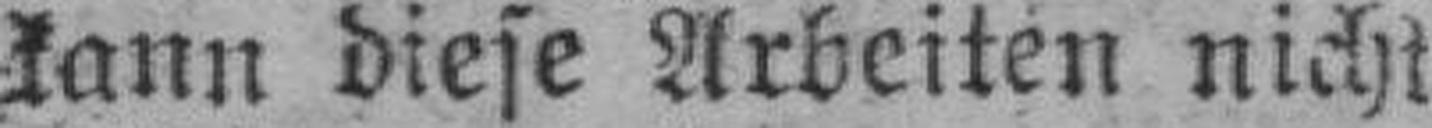
kann diese Arbeiten nicht